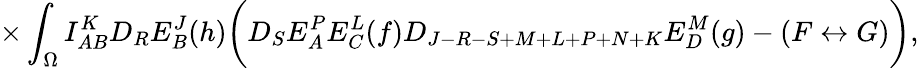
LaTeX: \times\int_{\Omega}I_{AB}^{K}D_{R}E_{B}^{J}(h)\biggl(D_{S}E_{A}^{P}E_{C}^{L}(f)D_{J-R-S+M+L+P+N+K}E_{D}^{M}(g)-(F\leftrightarrow G)\biggr),